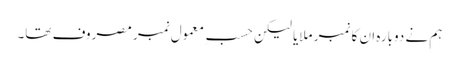
ہم نے دوبارہ ان کا نمبر ملایا لیکن حسبِ معمول نمبر مصروف تھا۔